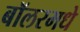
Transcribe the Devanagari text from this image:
बॉलरमधे